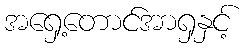
အရှေ့တောင်အာရှနှင့်